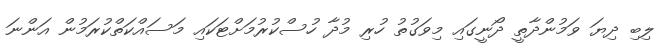
ލިބި ދިޔަ ވަމުންދާތީ ދޯނީގައި މިވަގުތު ހުރި މުދާ ހުސްކުރުމަށްޓަކައި މަސައްކަތްކުރަމުން އަންނަ